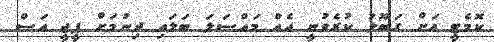
ކޮމެޓީ އަށް ގަބޫލު ކުރެވުނީ އެއް މައްސަލަ ބަލައި ދިނުމަށް ޕީޖީ އަސް